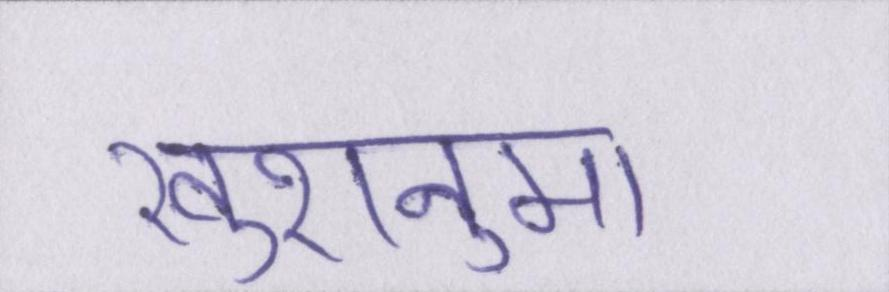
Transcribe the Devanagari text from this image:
खुशनुमा